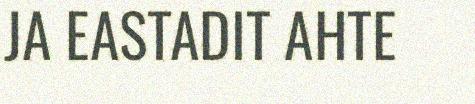
JA EASTADIT AHTE